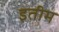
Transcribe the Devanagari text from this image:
इतीम